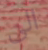
الى